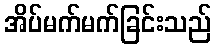
အိပ်မက်မက်ခြင်းသည်